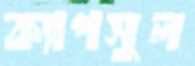
ক্যাপসুল